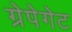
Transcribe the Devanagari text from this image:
ग्रेपेगेट